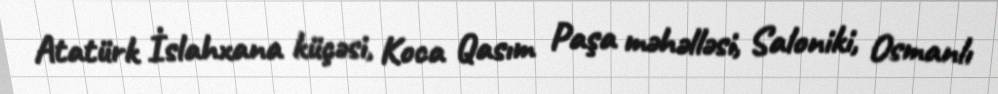
Atatürk İslahxana küçəsi, Koca Qasım Paşa məhəlləsi, Saloniki, Osmanlı